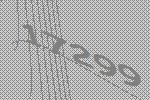
17299